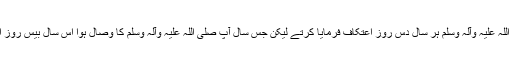
پہلے آپ صلی اللہ علیہ وآلہ وسلم ہر سال دس روز اعتکاف فرمایا کرتے لیکن جس سال آپ صلی اللہ علیہ وآلہ وسلم کا وصال ہوا اس سال بیس روز اعتکاف فرمایا۔